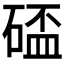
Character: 𥔦